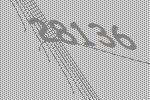
28136